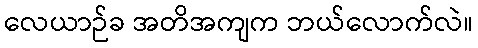
လေယာဉ်ခ အတိအကျက ဘယ်လောက်လဲ။